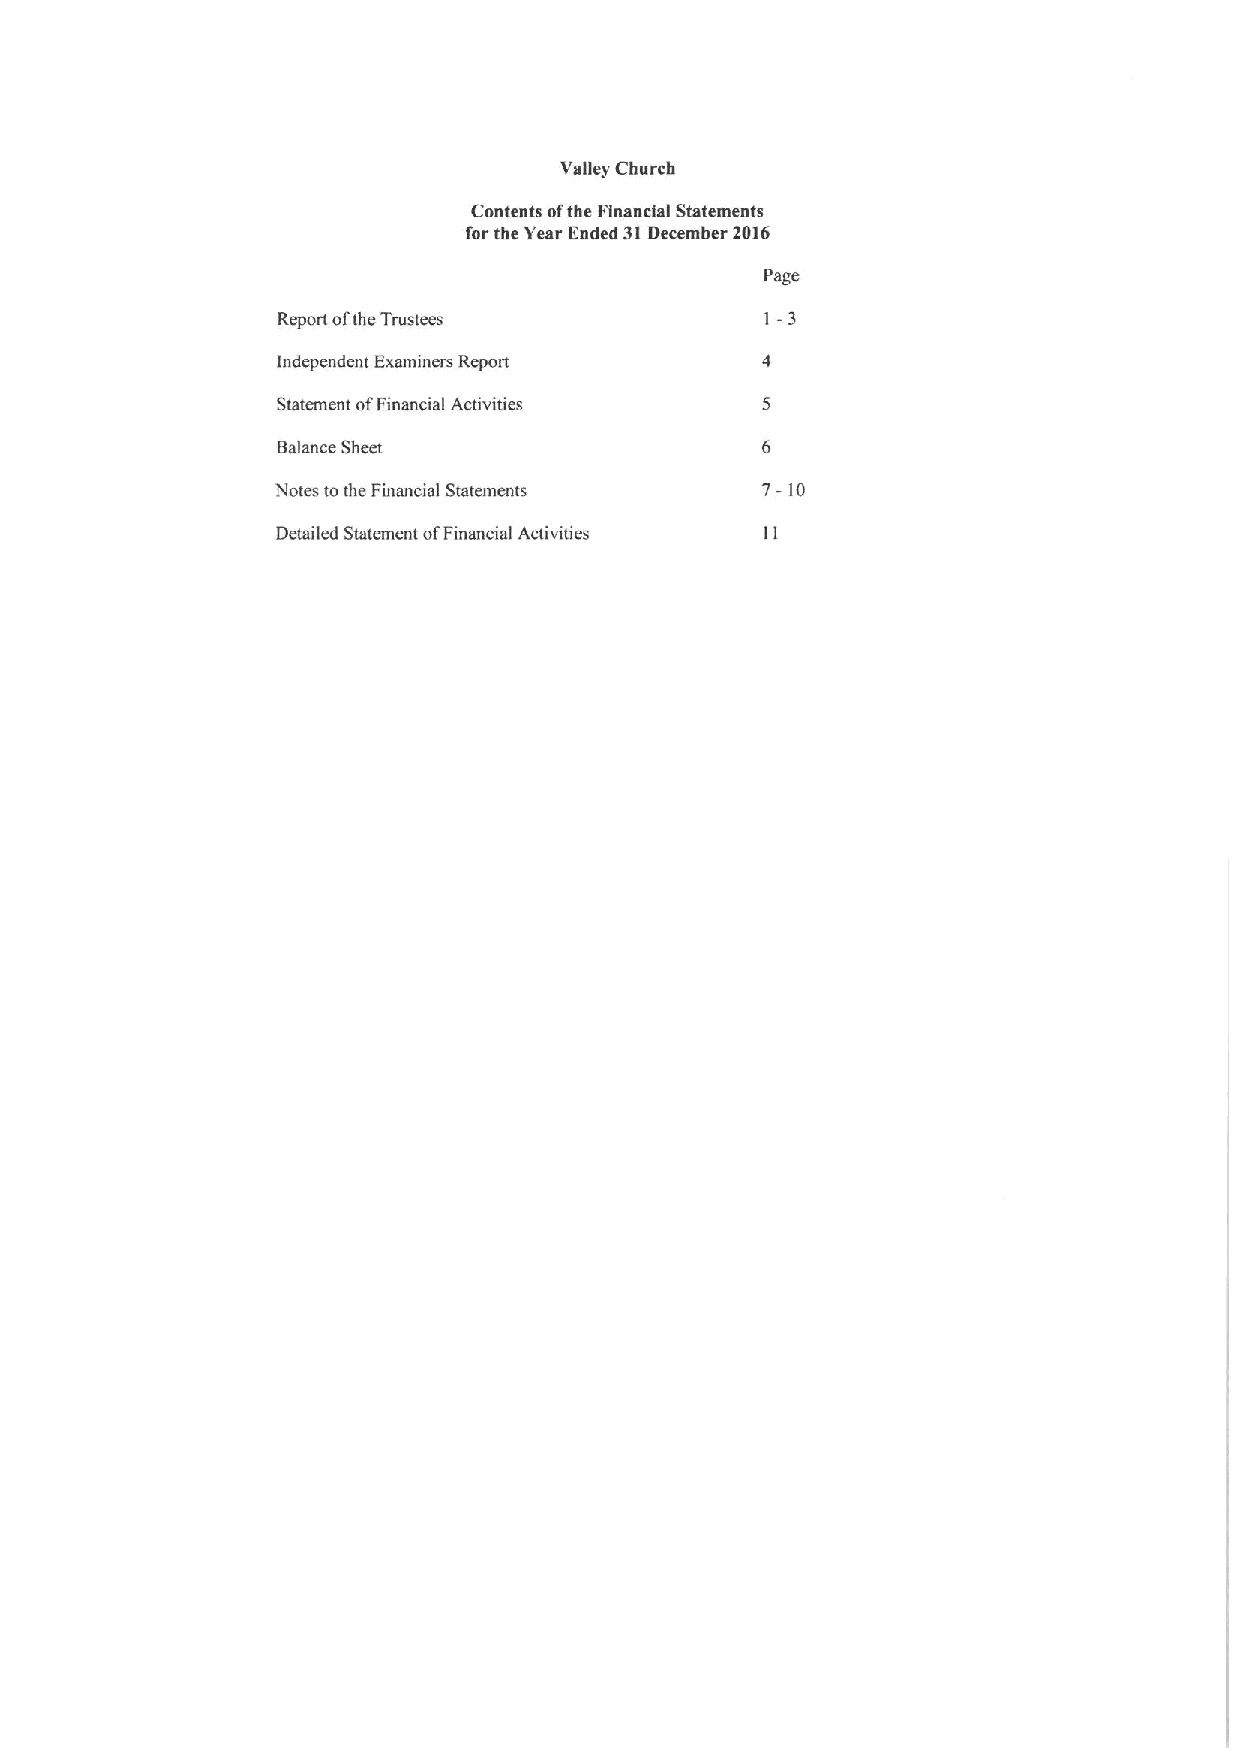
Valley Church
 Contents ofthe Financial Statements
 for the Year Ended 31December 2016
 Page
 1-3
 Report ofthe Trustees
 independent Examiners RepoIt
 Statement ofFinancial Activities
 Balance Sheet
 7-
 Notes tothe Financial Statements  10
 Detailed Statement ofFinancial Activities